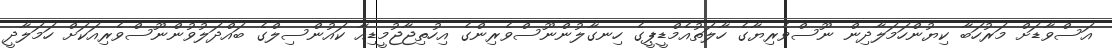
އަސްވާޑަށް މަރުހަބާ ކިޔުންހަމަލާދިން ނޫސްވެރިޔާގެ ހާލަތުއެމްޑީޕީގެ ހިނގާލުންނޫސްވެރިންގެ އިހުތިޖާޖުމީޑިއާ ކައުންސިލްގެ ބައްދަލުވުންނޫސްވެރިއަކަށް ހަމަލާދީ